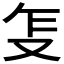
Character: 𰆺